65_HS1-834228961_62-HQ-83894_Section_8
Agency: FBI
Page 125
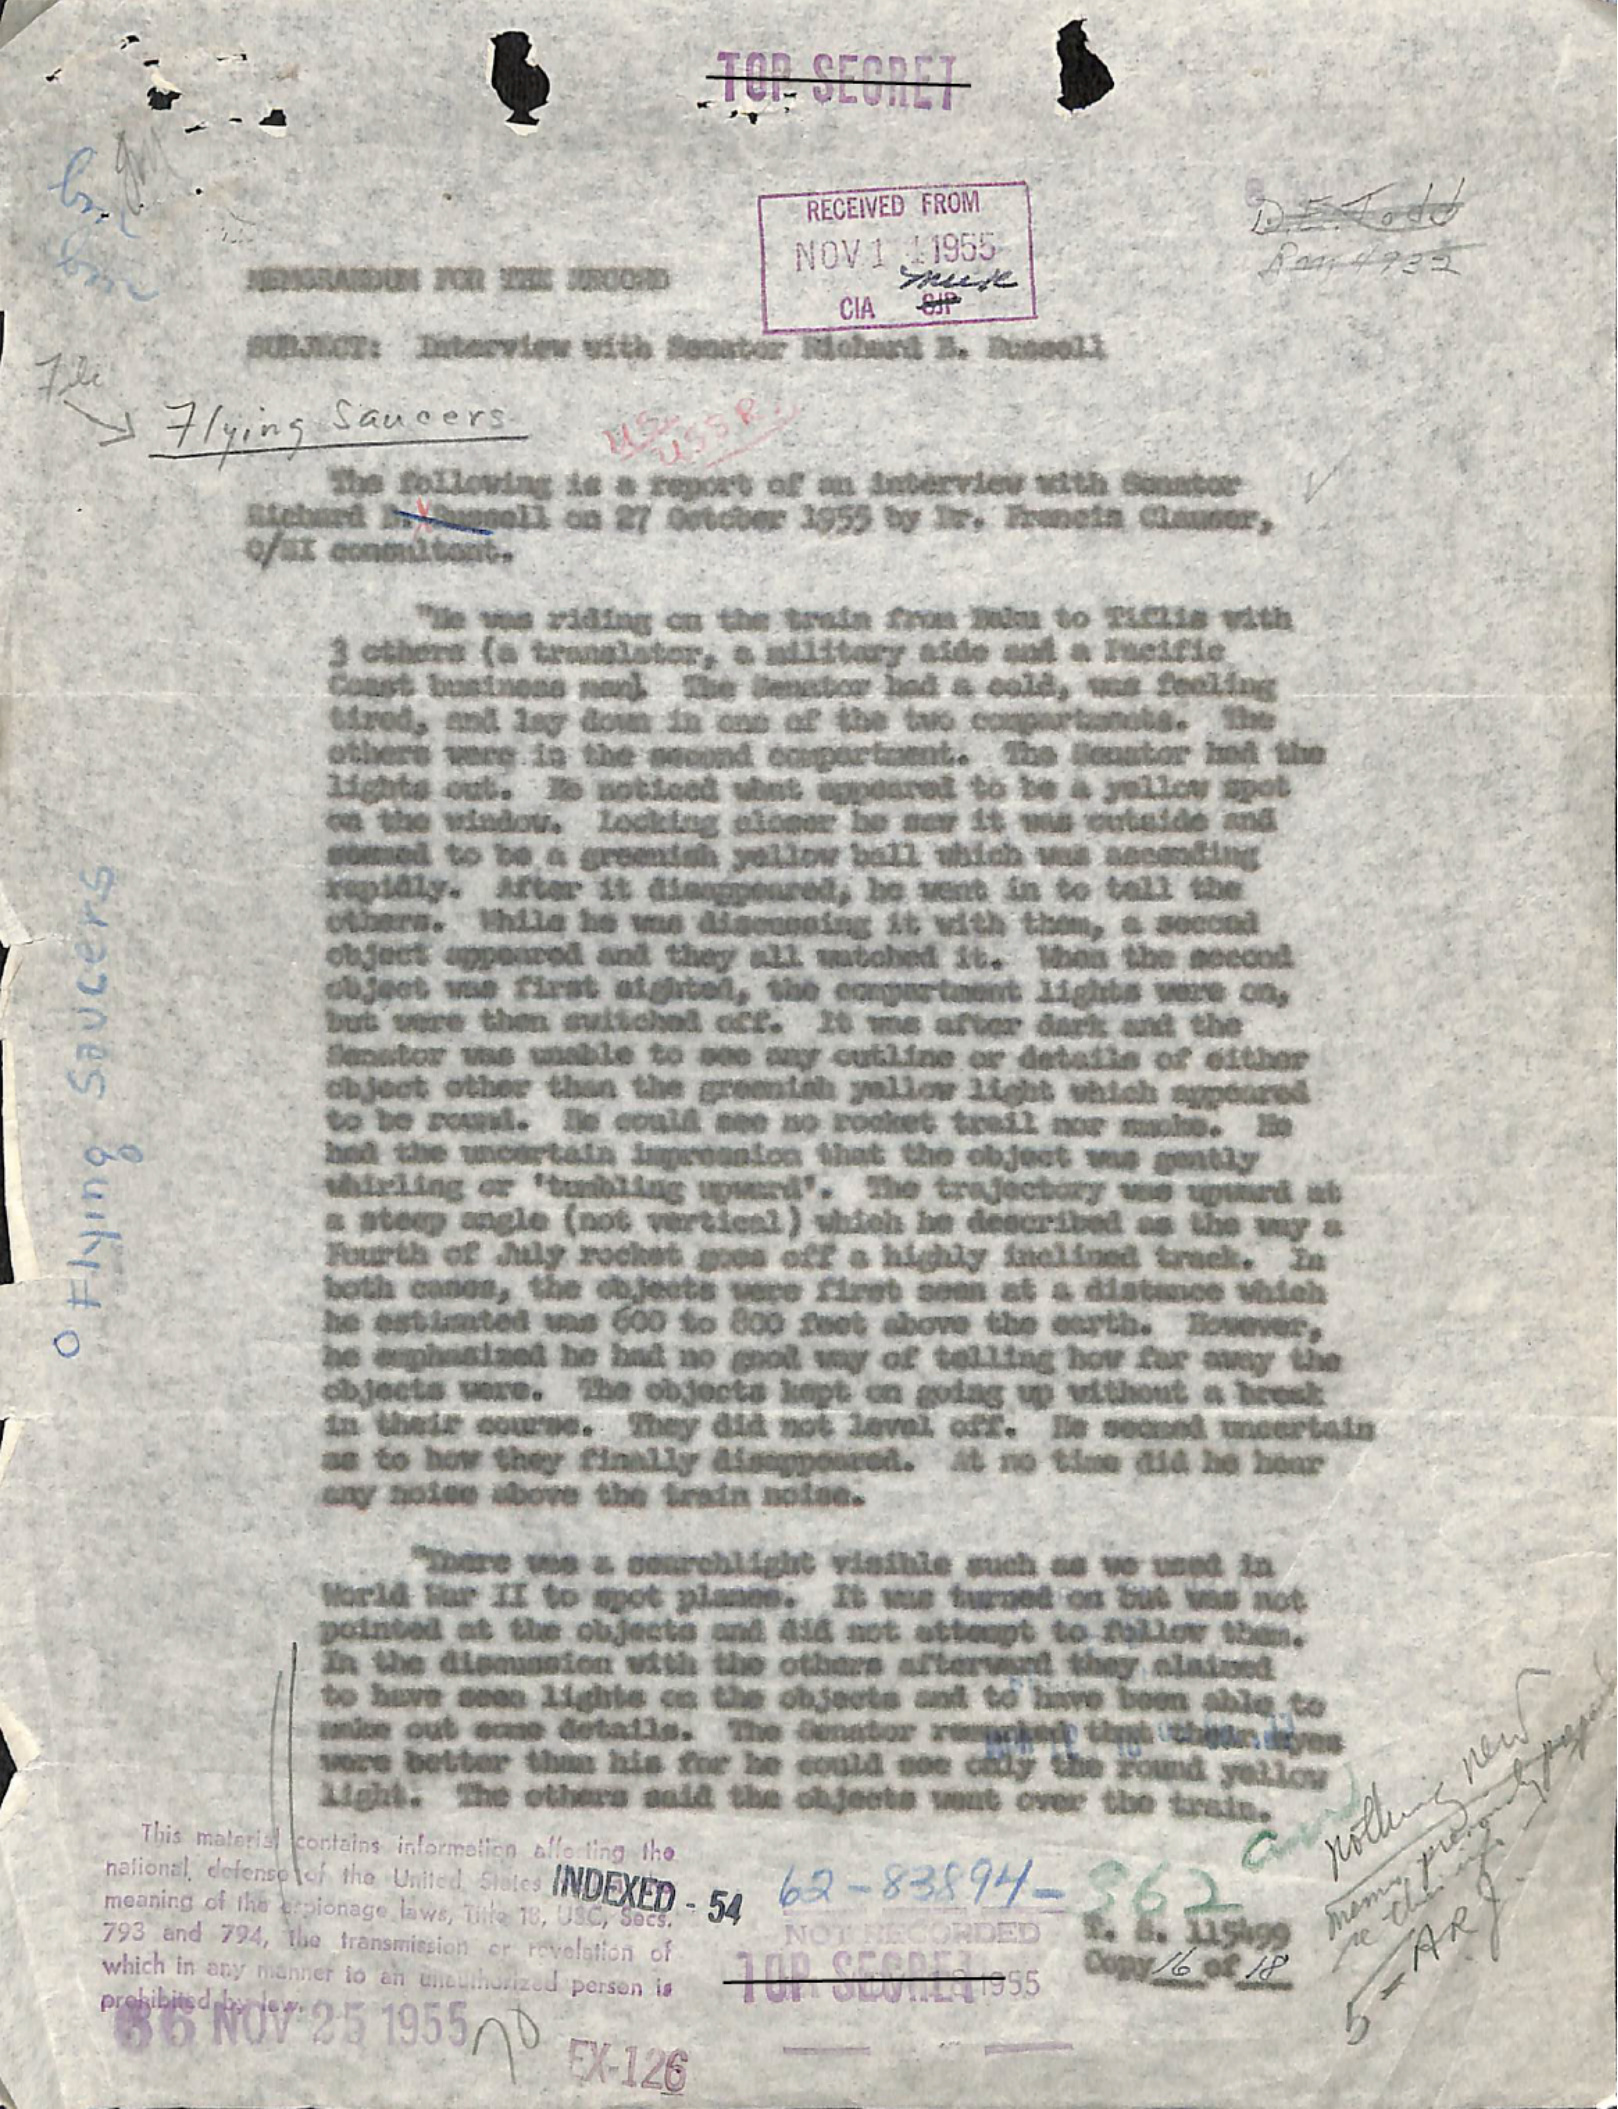